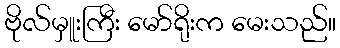
ဗိုလ်မှူးကြီး မော်ရိုးက မေးသည်။